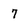
Character: 7